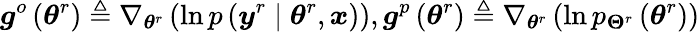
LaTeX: \boldsymbol{g}^{o}\left(\boldsymbol{\theta}^{r}\right)\triangleq\nabla_{\boldsymbol{\theta}^{r}}\left(\ln p\left(\boldsymbol{y}^{r}\mid\boldsymbol{\theta}^{r},\boldsymbol{x}\right)\right),\boldsymbol{g}^{p}\left(\boldsymbol{\theta}^{r}\right)\triangleq\nabla_{\boldsymbol{\theta}^{r}}\left(\ln p_{\mathbf{\Theta}^{r}}\left(\boldsymbol{\theta}^{r}\right)\right)